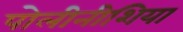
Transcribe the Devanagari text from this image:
पोलीनीशिया